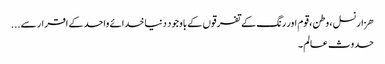
ھزار نسل ، وطن ، قوم اور رنگ کے تفرقوں کے باوجود دنیا خدائے واحدکے اقرار سے...
حدوث عالم ۔